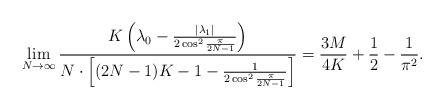
LaTeX: \begin{align*}\lim\limits_{N \rightarrow\infty}\frac{K \left (\lambda_0-\frac{|\lambda_1|}{2\cos^2 \frac{\pi}{2N-1}} \right )}{N\cdot \left[ (2N-1)K-1-\frac{1}{2\cos^2 \frac{\pi}{2N-1}}\right ]}=\frac{3M}{4K}+\frac{1}{2}-\frac{1}{\pi^2}.\end{align*}